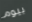
بيوم